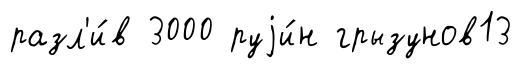
разл'и́в 3000 руjи́н грызунов13